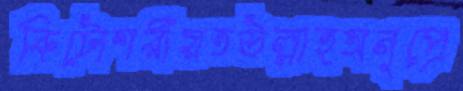
কিটোশরীয়তউল্লাহঅনুপ্রে